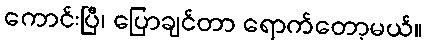
ကောင်းပြီ၊ ပြောချင်တာ ရောက်တော့မယ်။